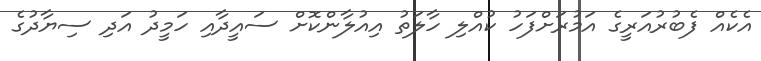
އެކެއް ފެބުރުއަރީގެ އަމުރަށްފަހު ކުއްލި ހާލަތު އިއުލާންކޮށް ސައީދާއި ހަމީދު އަދި ސިޔާދުގެ